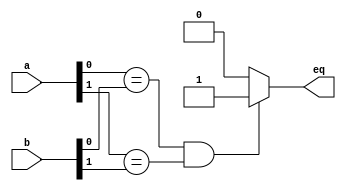
//comparator 2 bit using procedure assignment statements
module comparator2BitPro(
	input wire [1:0] a,b,
	output reg eq
);

always @(a,b)
begin
	if (a[0]==b[0] && a[1]== b[1])
		eq=1;
	else
		eq=0;
end
endmodule